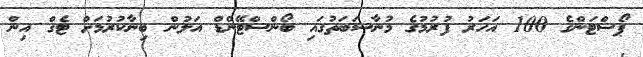
ޕޯސްޓަންގެ 100 އަހަރު ފުރުމުގެ މުނާސަބަތުގައި ބޯންސްޓޭންޑް އަލުން ބިނާކުރުމަށް ޓެގް އިން